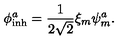
\phi _ { \mathrm { i n h } } ^ { a } = \frac { 1 } { 2 \sqrt { 2 } } \xi _ { m } \psi _ { m } ^ { a } .